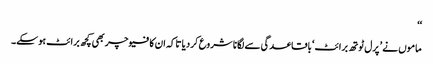
‘‘
ماموں نے ’ پرل ٹوتھ برائٹ‘ باقاعدگی سے لگانا شروع کردیا تاکہ ان کا فیوچر بھی کچھ برائٹ ہوسکے۔